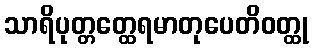
သာရိပုတ္တတ္ထေရမာတုပေတိဝတ္ထု